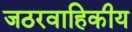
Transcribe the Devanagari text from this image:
जठरवाहिकीय